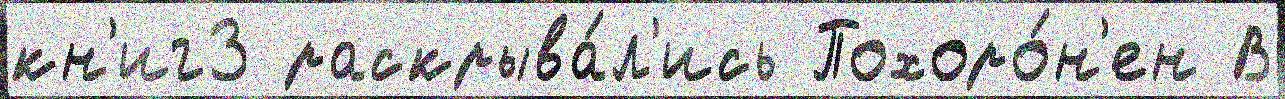
кн'иг3 раскрыва́л'ись Похоро́н'ен В